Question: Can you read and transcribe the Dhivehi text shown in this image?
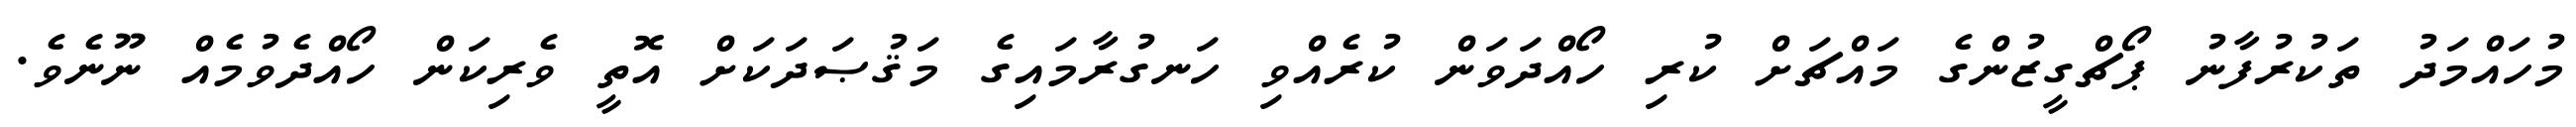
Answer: މުހައްމަދު ތަކުރުފާނު ޕޯޗްގީޒުންގެ މައްޗަށް ކުރި ހޯއްދަވަން ކުރެއްވި ހަނގުރާމައިގެ މަޤުޞަދަކަށް އޮތީ ވެރިކަން ހޯއްދެވުމެއް ނޫނެވެ.